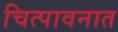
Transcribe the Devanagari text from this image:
चित्पावनात